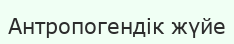
Антропогендік жүйе